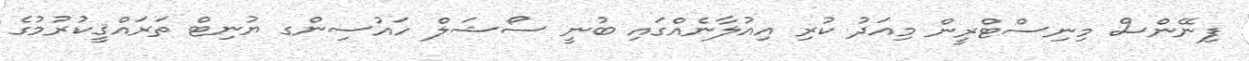
ފިނޭންސް މިނިސްޓްރީން މިއަދު ކުރި އިއުލާނެއްގައި ބުނީ ސޯޝަލް ހައުސިންގ ޔުނިޓް ތަރައްޤީކުރުމުގެ